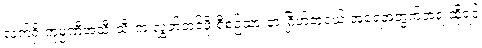
လက်ရှိ ကုမ္ပဏီအသီးသီးက လွှတ်တင်ဖို့ စီစဉ်ထားတဲ့ ဂြိုဟ်တုငယ် အရေအတွက်အရ ဆိုရင်